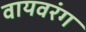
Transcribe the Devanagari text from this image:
वायवरंग